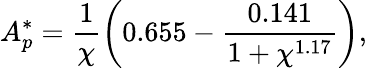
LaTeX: A_{p}^{*}=\frac{1}{\chi}\left(0.655-\frac{0.141}{1+\chi^{1.17}}\right),